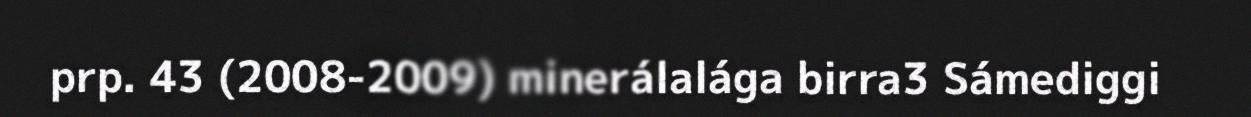
prp. 43 (2008-2009) minerálalága birra3 Sámediggi